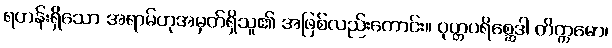
ရဟန်းရှိသော အရာမ်ဟုအမှတ်ရှိသူ၏ အဖြစ်လည်းကောင်း။ ဝုတ္တပရိစ္ဆေဒါ တိက္ကမော၊